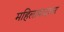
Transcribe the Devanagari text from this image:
महिलावादावर